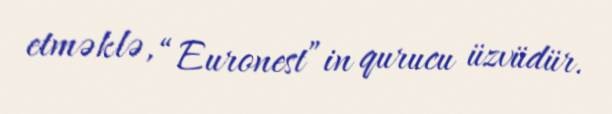
etməklə, “Euronest”in qurucu üzvüdür.